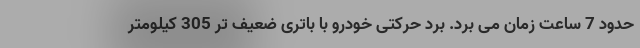
حدود 7 ساعت زمان می برد. برد حرکتی خودرو با باتری ضعیف تر 305 کیلومتر